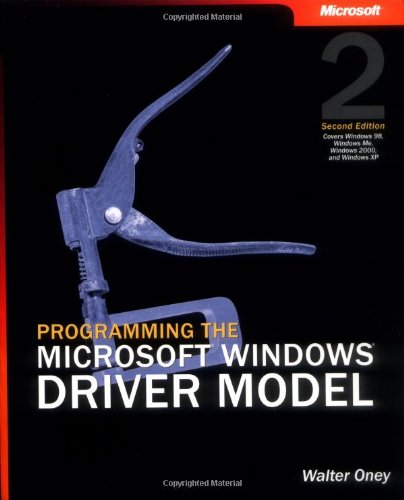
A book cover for Programming the Microsoft Windows Driver Model (2nd Edition) (Developer Reference); Walter Oney; Computers & Technology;